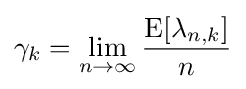
\gamma _{k}=\lim _{n\to \infty }{\frac {\operatorname {E} [\lambda _{n,k}]}{n}}